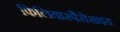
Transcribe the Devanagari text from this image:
फिलियास्पैरोसाइड